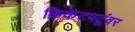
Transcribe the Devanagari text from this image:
क्रिकेटपटूंवर